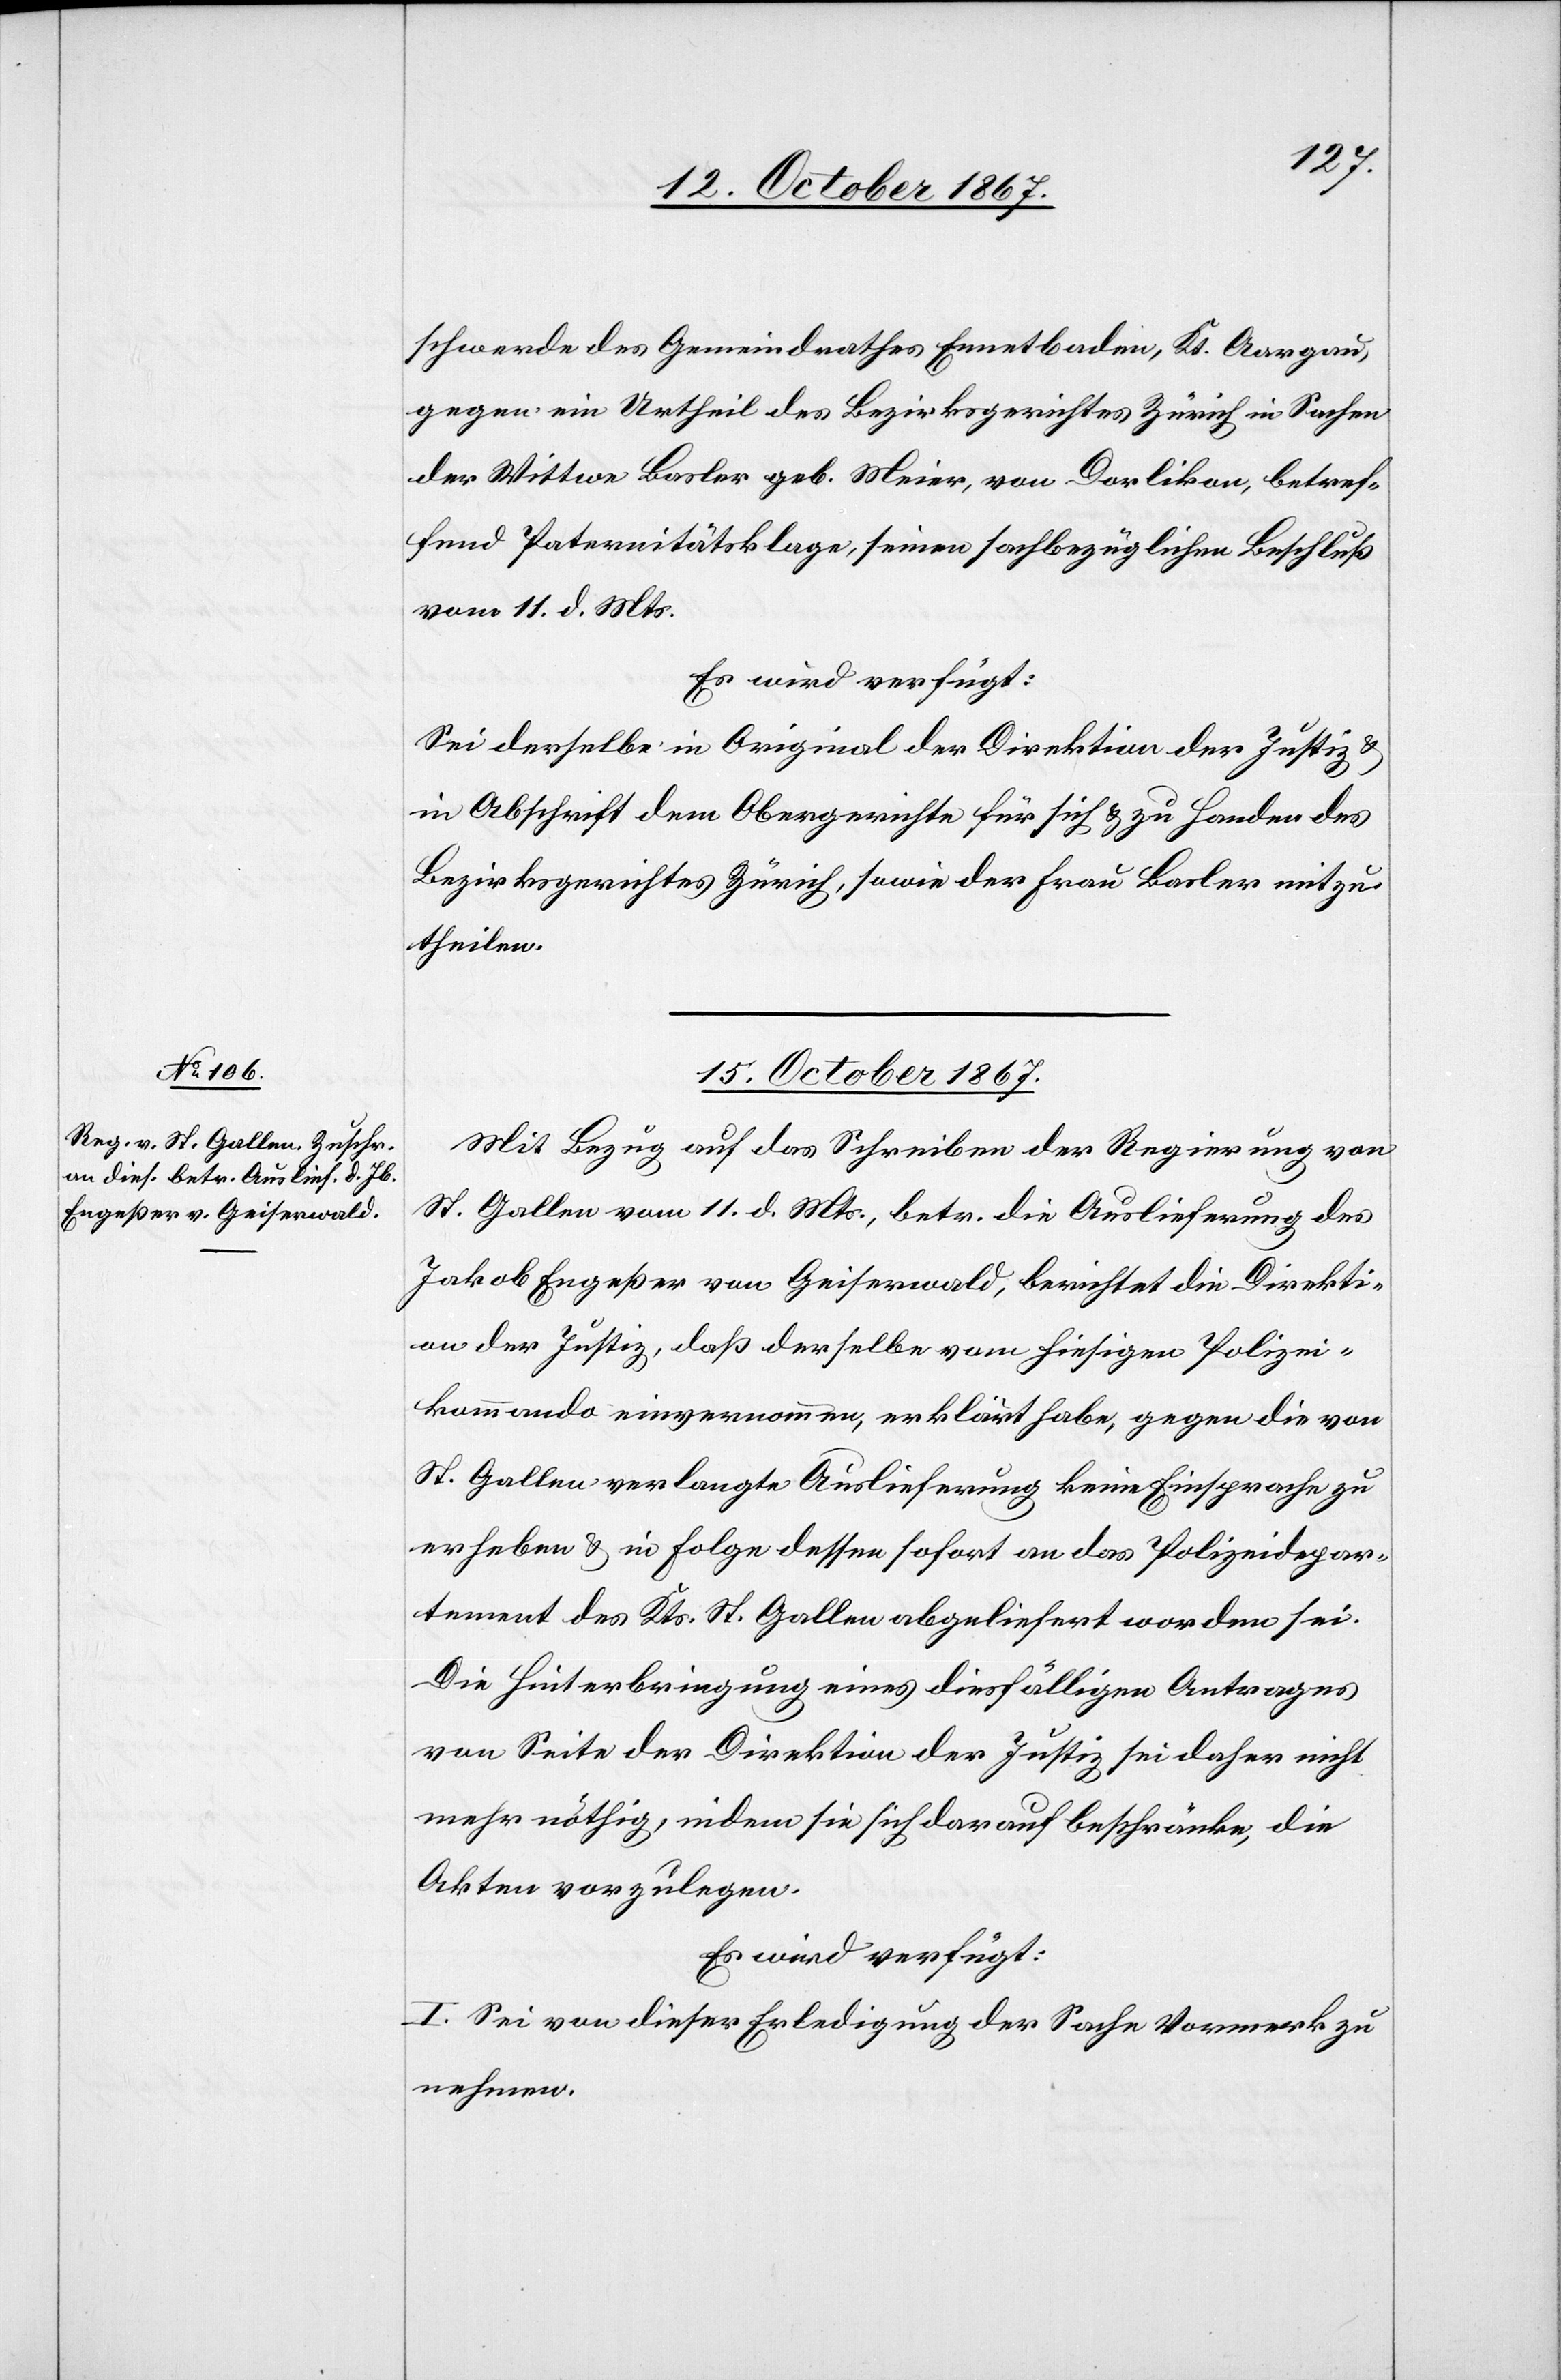
schwerde des Gemeindrathes Ennetbaden, Kt. Aargau,
gegen ein Urtheil des Bezirksgerichtes Zürich in Sachen
der Wittwe Basler geb. Meier, von Dorlikon, betref¬
fend Paternitätsklage, seinen sachbezüglichen Beschluß
vom 11. d. Mts.
Es wird verfügt:
Sei derselbe in Original der Direktion der Justiz u.
in Abschrift dem Obergerichte für sich u. zu Handen des
Bezirksgerichtes Zürich, sowie der Frau Basler mitzu¬
theilen.
15. October 1867.]
Mit Bezug auf das Schreiben der Regierung von
St. Gallen vom 11. d. Mts., betr. die Auslieferung des
Jakob Engeßer von Geiserwald, berichtet die Direkti¬
on der Justiz, daß derselbe vom hiesigen Polizei¬
kommando einvernommen, erklärt habe, gegen die von
St. Gallen verlangte Auslieferung keine Einsprache zu
erheben u. in Folge dessen sofort an das Polizeidepar¬
tement des Kts. St. Gallen abgeliefert worden sei.
Die Hinterbringung eines diesfälligen Antrages
von Seite der Direktion der Justiz sei daher nicht
mehr nöthig, indem sie sich darauf beschränke, die
Akten vorzulegen.
Es wird verfügt:
I. Sei von dieser Erledigung der Sache Vormerk zu
nehmen.